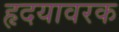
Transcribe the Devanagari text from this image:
हृदयावरक